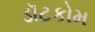
ડૉટકોમ